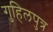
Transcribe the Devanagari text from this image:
गुहिलपुत्र